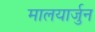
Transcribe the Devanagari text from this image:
मालयार्जुन